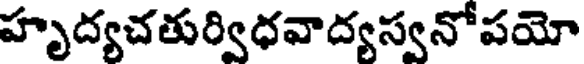
హృద్యచతుర్విధవాద్యస్వనోపయో